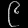
Digit: ၉